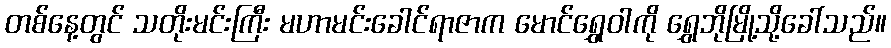
တစ်နေ့တွင် သတိုးမင်းကြီး မဟာမင်းခေါင်ရာဇာက မောင်ရွှေဝါကို ရွှေဘိုမြို့သို့ခေါ်သည်။